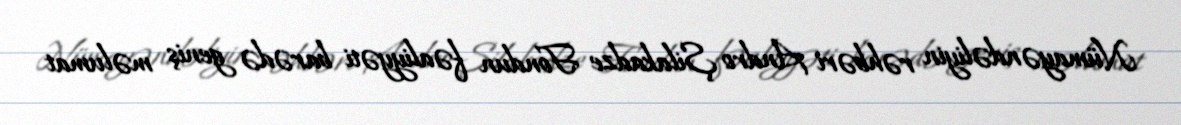
Nümayəndəliyin rəhbəri Andro Şilakadze Fondun fəaliyyəti barədə geniş məlumat